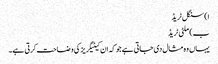
ا) سنگل ٹریڈ
ب) ملٹی ٹریڈ
یہاں وہ مثال دی جاتی ہے جو کہ ان کیٹیگریز کی وضاحت کرتی ہے۔